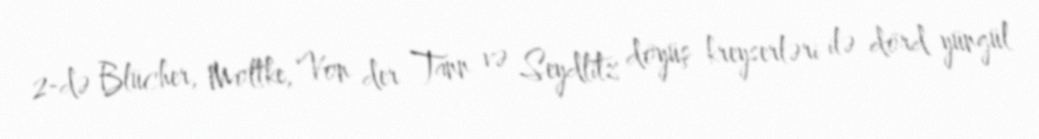
2-də Blücher, Moltke, Von der Tann və Seydlitz döyüş kreyserləri ilə dörd yüngül